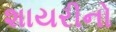
શાયરીનો